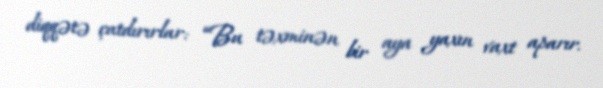
diqqətə çatdırırlar: “Bu təxminən bir aya yaxın vaxt aparır.